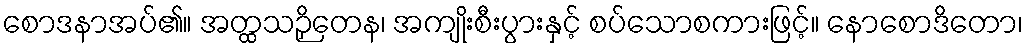
စောဒနာအပ်၏။ အတ္ထသဉှိတေန၊ အကျိုးစီးပွားနှင့် စပ်သောစကားဖြင့်။ နောစောဒိတော၊